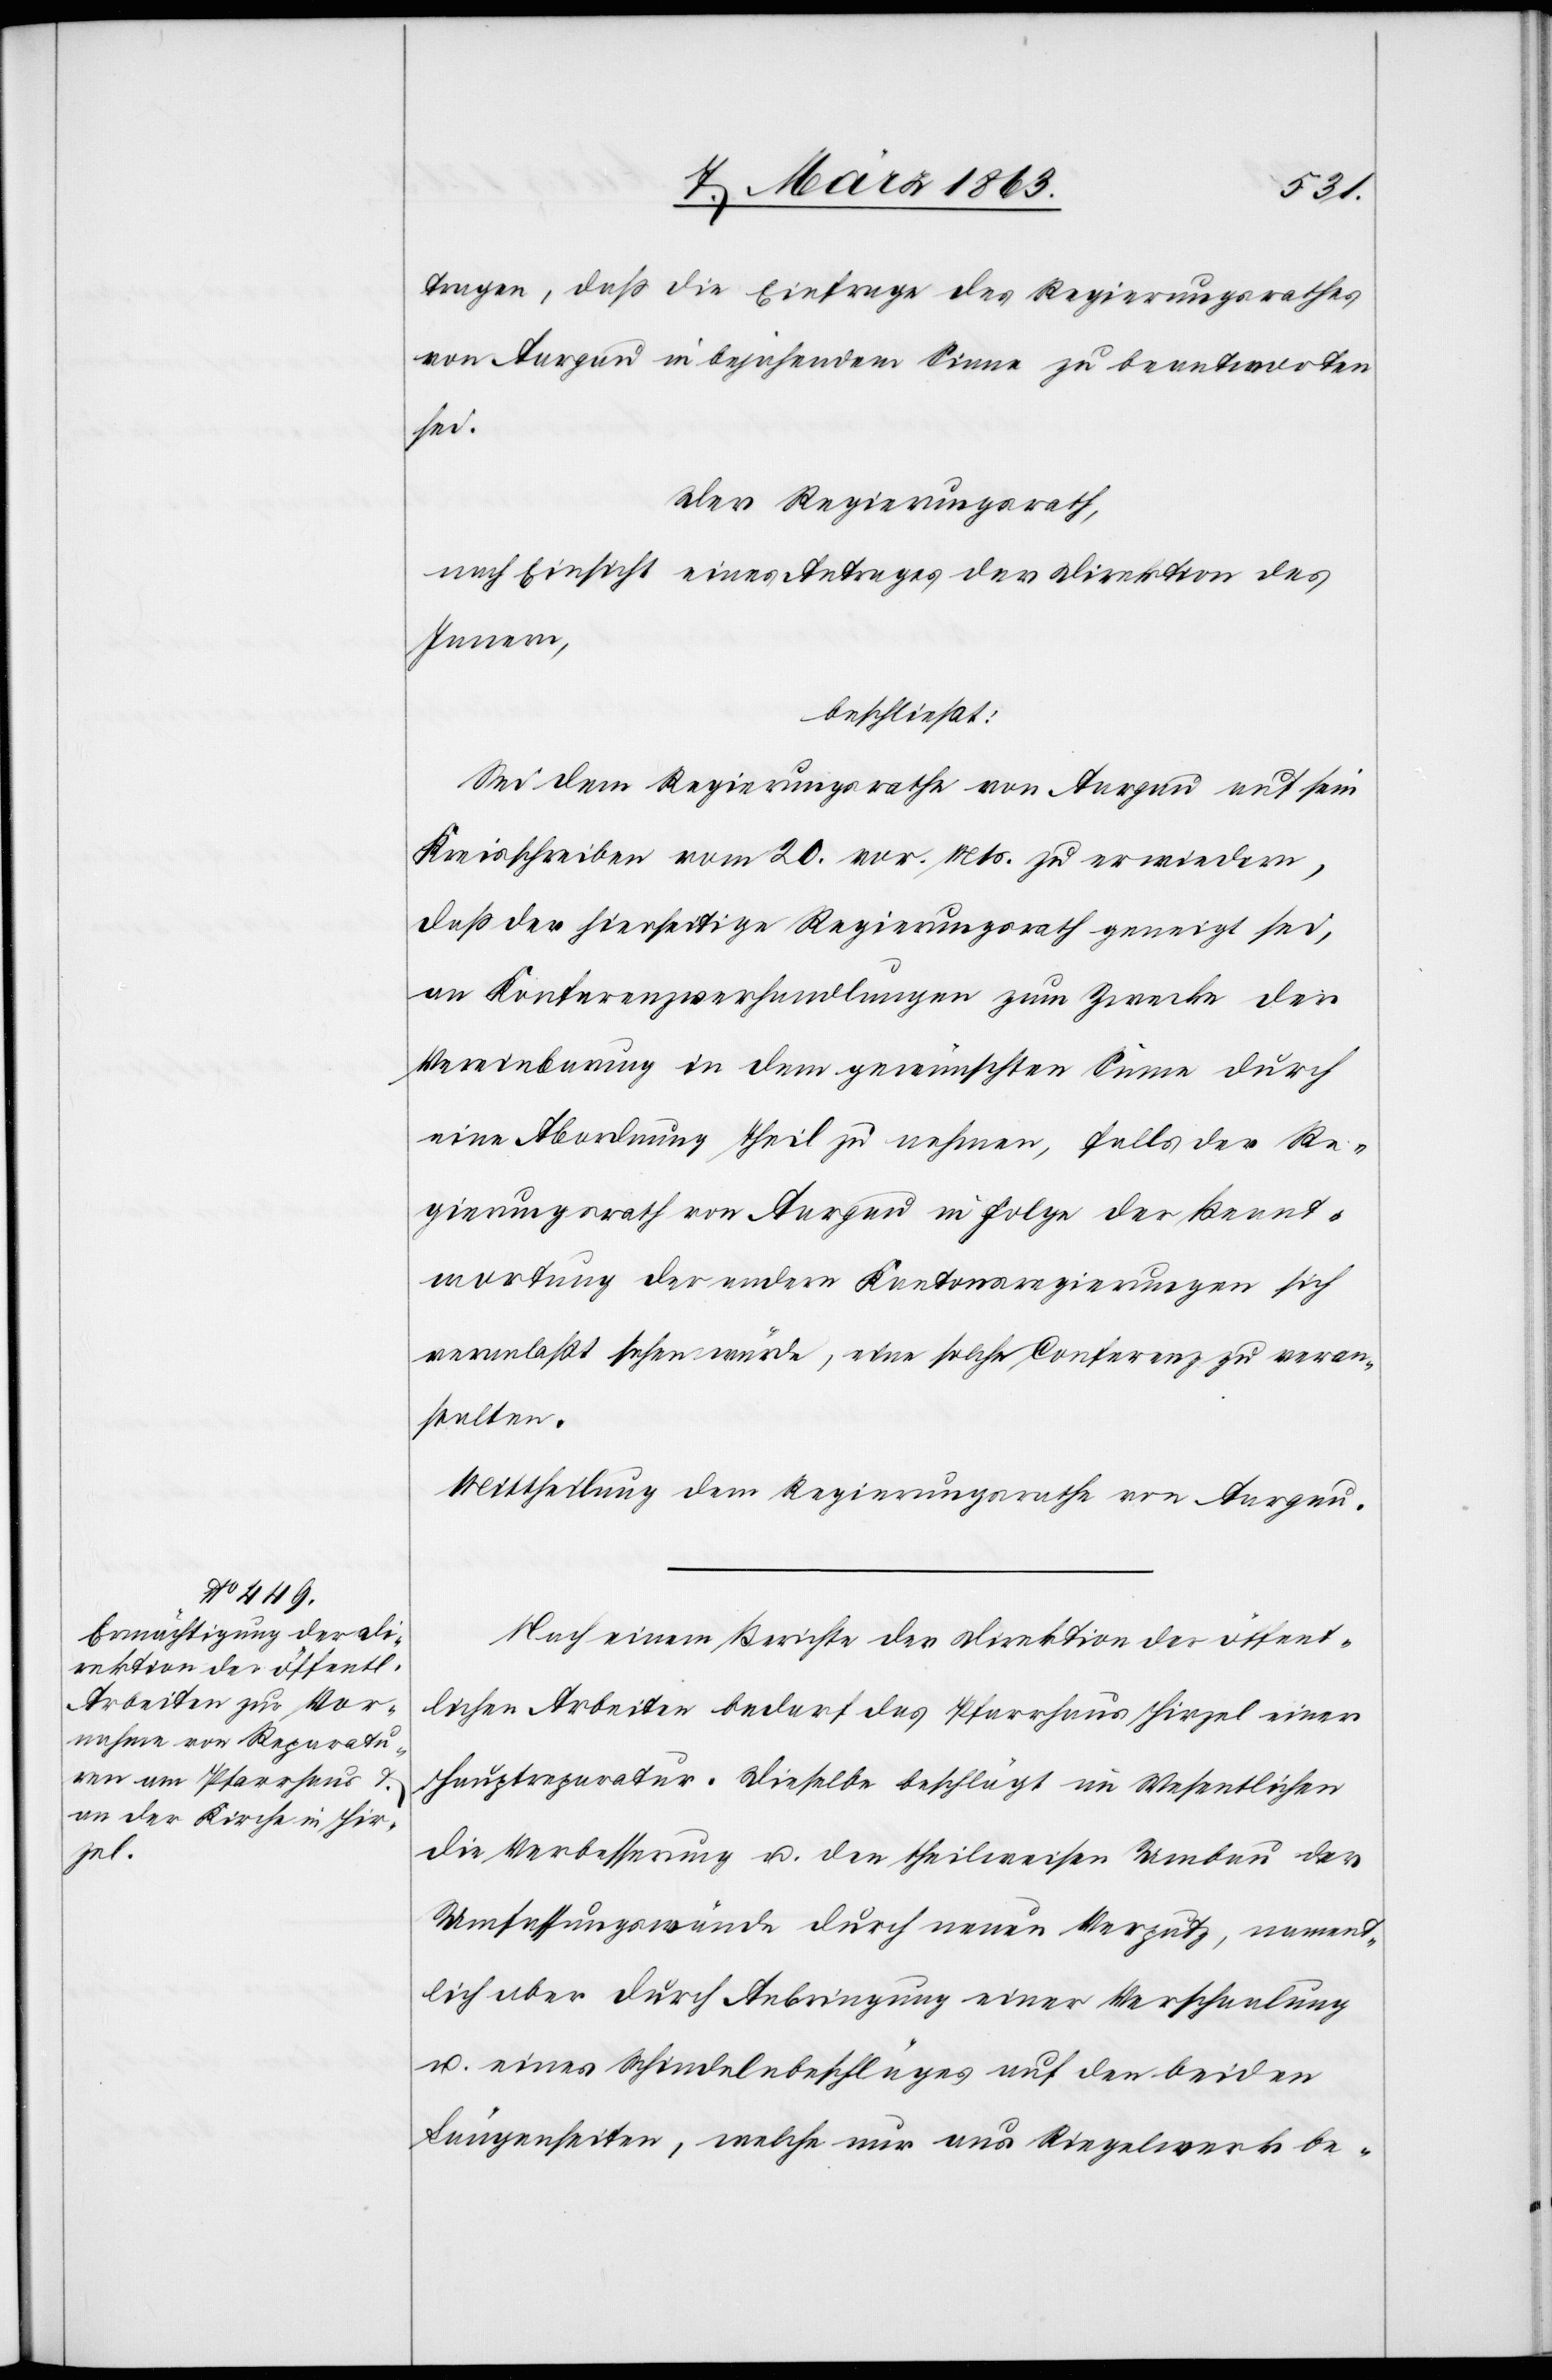
tragen, daß die Einfrage des Regierungsrathes
von Aargau in bejahendem Sinne zu beantworten
sei.
Der Regierungsrath,
nach Einsicht eines Antrages der Direktion des
Innern,
beschließt:
Sei dem Regierungsrathe von Aargau auf sein
Kreisschreiben vom 20. vor. Mts. zu erwiedern,
daß der hierseitige Regierungsrath geneigt sei,
an Konferenzverhandlungen zum Zwecke der
Vereinbarung in dem gewünschten Sinne durch
eine Abordnung Theil zu nehmen, falls der Re¬
gierungsrath von Aargau in Folge der Beant¬
wortung der andern Kantonsregierungen sich
veranlaßt sehen würde, eine solche Conferenz zu veran¬
stalten.
Mittheilung dem Regierungsrathe von Aargau.
Nach einem Berichte der Direktion der öffent¬
lichen Arbeiten bedarf das Pfarrhaus Hirzel einer
Hauptreparatur. Dieselbe beschlägt im Wesentlichen
die Verbesserung u. den theilweisen Umbau der
Umfassungswände durch neuen Verputz, nament¬
lich aber durch Anbringung einer Verschaalung
u. eines Schindelnbeschläges [sic!] auf den beiden
Längenseiten, welche nur aus Riegelwerk be-